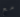
مع